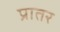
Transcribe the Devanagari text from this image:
प्रातर